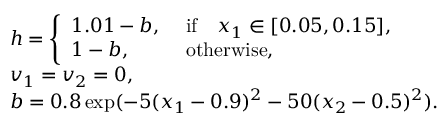
\begin{array} { r l } & { h = \left\{ \begin{array} { l l } { 1 . 0 1 - b , ~ } & { \mathrm { i f } \quad x _ { 1 } \in [ 0 . 0 5 , 0 . 1 5 ] , } \\ { 1 - b , ~ } & { \mathrm { o t h e r w i s e } , } \end{array} \right. } \\ & { v _ { 1 } = v _ { 2 } = 0 , } \\ & { b = 0 . 8 \exp ( - 5 ( x _ { 1 } - 0 . 9 ) ^ { 2 } - 5 0 ( x _ { 2 } - 0 . 5 ) ^ { 2 } ) . } \end{array}